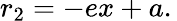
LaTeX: r_{2}=-ex+a.\,